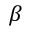
\beta